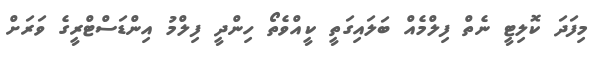
މިފަދަ ކޮލިޓީ ނެތް ފިލްމެއް ބަލައިގަތީ ކީއްވެތޯ ހިންދީ ފިލްމު އިންޑަސްޓްރީގެ ވަރަށް